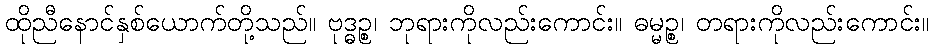
ထိုညီနောင်နှစ်ယောက်တို့သည်။ ဗုဒ္ဓဉ္စ၊ ဘုရားကိုလည်းကောင်း။ ဓမ္မဉ္စ၊ တရားကိုလည်းကောင်း။